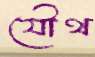
যৌথ